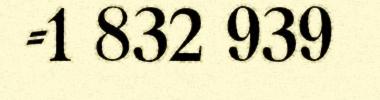
-1 832 939